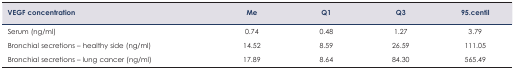
| VEGF concentration | Me | Q1 | Q3 | 95.centil |
 | --- | --- | --- | --- | --- |
 | Serum (ng/ml) | 0.74 | 0.48 | 1.27 | 3.79 |
 | Bronchial secretions – healthy side (ng/ml) | 14.52 | 8.59 | 26.59 | 111.05 |
 | Bronchial secretions – lung cancer (ng/ml) | 17.89 | 8.64 | 84.30 | 565.49 |